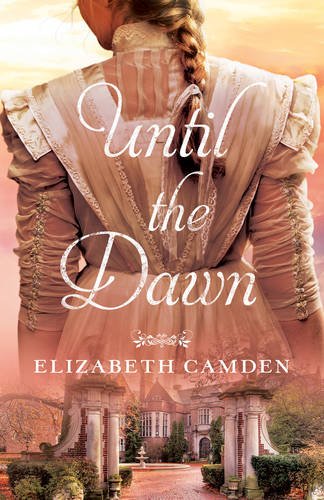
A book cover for Until the Dawn; Elizabeth Camden; Romance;